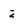
Character: z